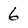
Character: 6